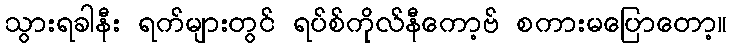
သွားရခါနီး ရက်များတွင် ရပ်စ်ကိုလ်နီကော့ဗ် စကားမပြောတော့။